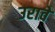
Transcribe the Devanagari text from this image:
उरावे